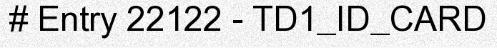
# Entry 22122 - TD1_ID_CARD